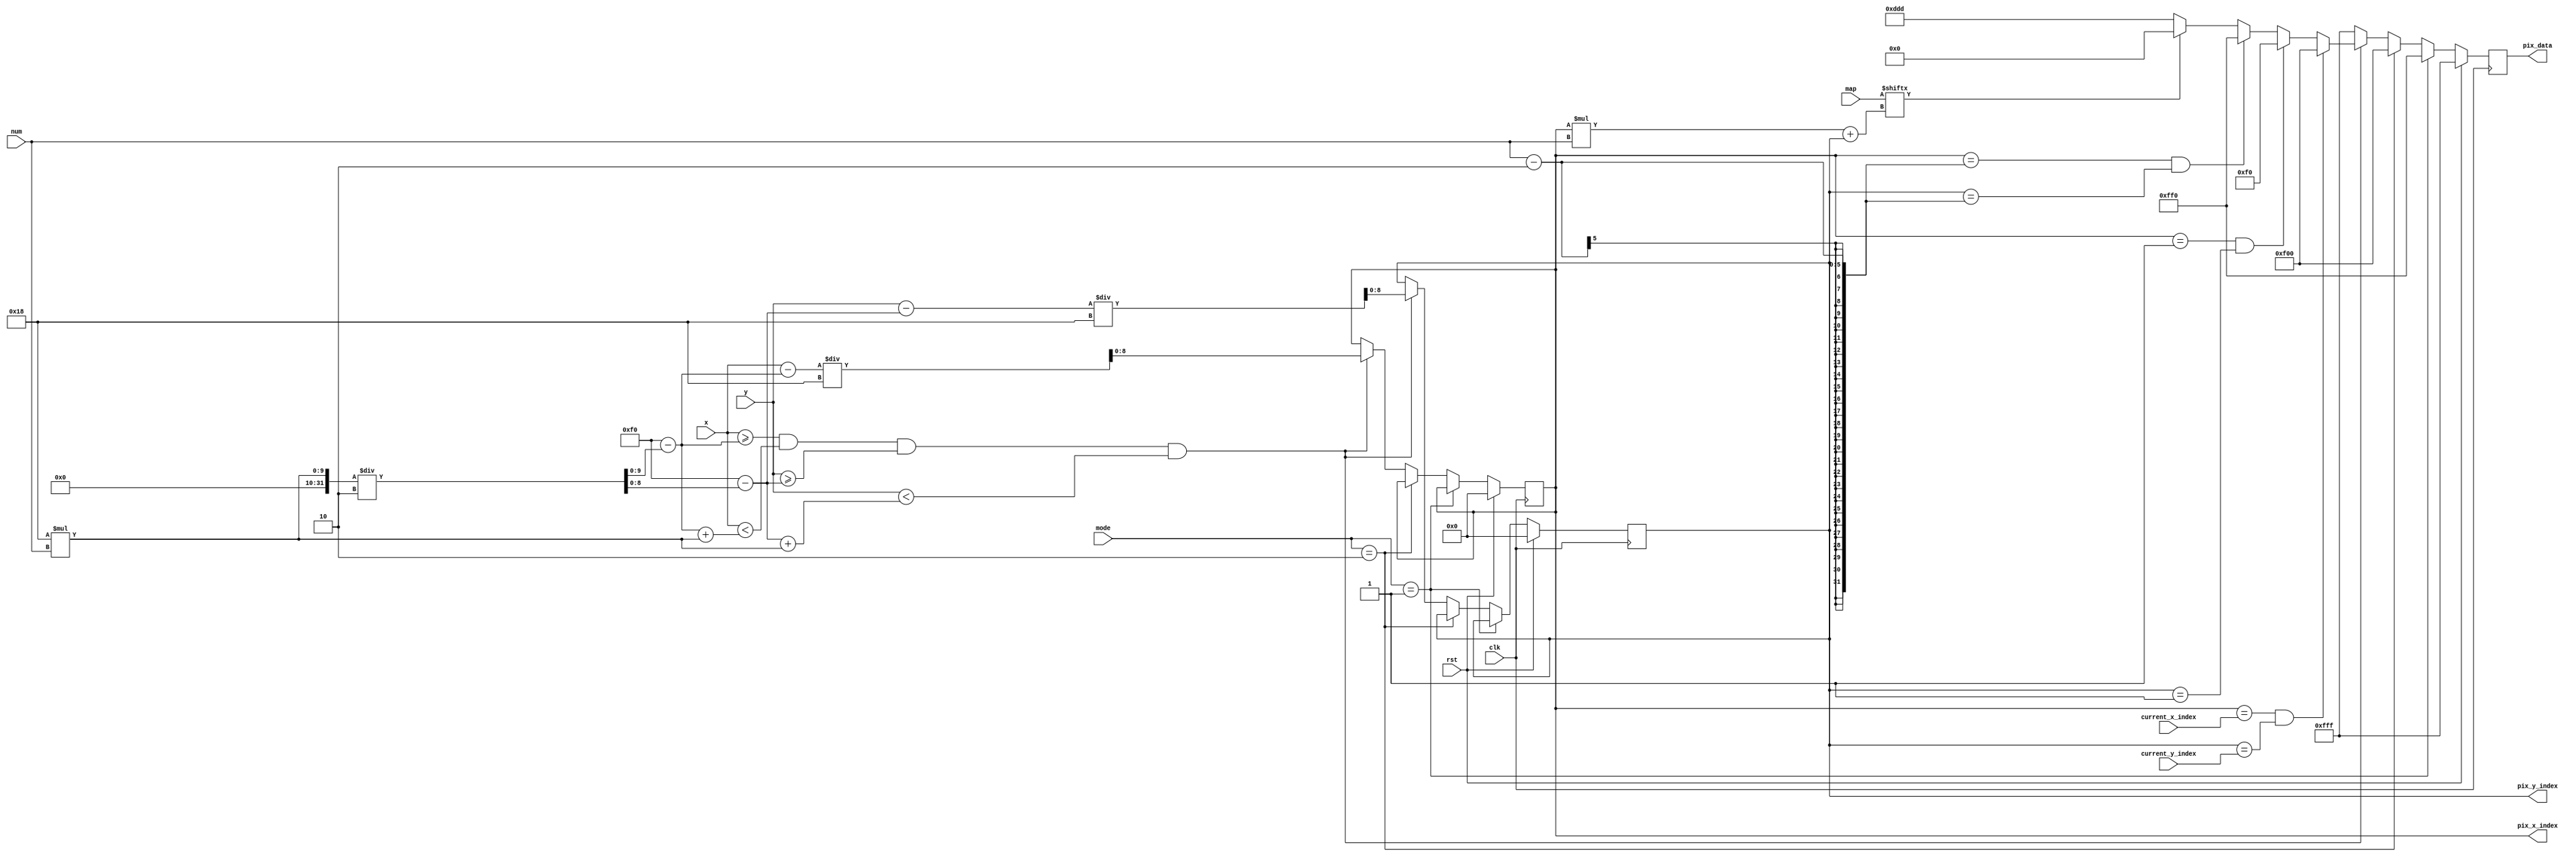
`timescale 1ns/1ps


module draw
(
    input clk,            // clock
    input rst,             // reset
	 input [1:0] mode,		// 0 for map, 1 for welcome, 2 for win
    input [9:0] x,       // x
    input [8:0] y,       // y

    input [4:0] num,          // the num of blcoks in a line
    input [360:0] map,        // map, 0 for road, 1 for wall, 19*19 at most
    input [8:0] current_x_index,
	input [8:0] current_y_index,

    output reg [11:0] pix_data,    // pixel data
	output reg [8:0] pix_x_index,      // just for debug
	output reg [8:0] pix_y_index
);

// position
parameter   H_VALID =   10'd640,    // Width of the screen
            V_VALID =   9'd480,    //  Height of the screen
            MAP_CENTER_X = 10'd240,     // Center of x of the map
            MAP_CENTER_Y = 9'd240,     // Center of y of the map
            block_width = 10'd24;   // width of a block

// color
parameter   RED     =   12'hF00,   // red
            BLACK   =   12'h000,   // black
            WHITE   =   12'hFFF,   // white
            GRAY    =   12'hDDD,   // gray
            YELLOW  =   12'hFF0,   // yellow
            GREEN   =   12'h0F0;   // green

// beware that x is 10 bits, y is 9 bits
wire [9:0] begin_x = MAP_CENTER_X - block_width * num / 2;
wire [8:0] begin_y = MAP_CENTER_Y - block_width * num / 2;

always @(posedge clk) begin
	if(rst) begin
		pix_data <= WHITE;
		pix_x_index <= 0;
		pix_y_index <= 0;
	end
	else if(mode == 2'b01) begin		// welcome
		pix_data <= YELLOW;
	end
	else if(mode == 2'b10) begin		// win
		pix_data <= RED;
	end
	else if(x >= begin_x && x < begin_x + block_width * num && y >= begin_y && y < begin_y + block_width * num) begin
		// in the map
		pix_x_index <= (x - begin_x) / block_width;
		pix_y_index <= (y - begin_y) / block_width;
		  if(pix_x_index == current_x_index && pix_y_index == current_y_index)
				pix_data <= RED; // current position
		  else if(pix_x_index == 1 && pix_y_index == 1)
				pix_data <= GREEN; // start point
		  else if(pix_x_index == num - 2 && pix_y_index == num - 2)
				pix_data <= YELLOW; // end point
		  else if(map[pix_x_index * num + pix_y_index] == 1)
				pix_data <= BLACK; // wall
		  else
				pix_data <= GRAY; // road
	 end
	 else begin
		pix_data <= WHITE; // background
	 end
 end
endmodule